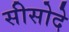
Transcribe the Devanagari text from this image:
सीसोदे